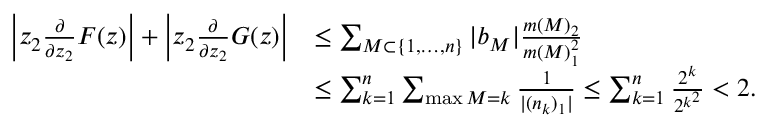
\begin{array} { r l } { \left| z _ { 2 } \frac { \partial } { \partial z _ { 2 } } F ( z ) \right| + \left| z _ { 2 } \frac { \partial } { \partial z _ { 2 } } G ( z ) \right| } & { \leq \sum _ { M \subset \{ 1 , \ldots , n \} } | b _ { M } | \frac { m ( M ) _ { 2 } } { m ( M ) _ { 1 } ^ { 2 } } } \\ & { \leq \sum _ { k = 1 } ^ { n } \sum _ { \operatorname* { m a x } M = k } \frac { 1 } { | ( n _ { k } ) _ { 1 } | } \leq \sum _ { k = 1 } ^ { n } \frac { 2 ^ { k } } { 2 ^ { k ^ { 2 } } } < 2 . } \end{array}